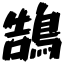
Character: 鵠